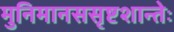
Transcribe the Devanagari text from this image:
मुनिमानससृष्टशान्तेः